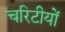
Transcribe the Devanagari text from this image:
चरिटीयों